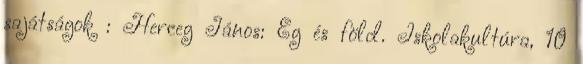
sajátságok : Herceg János: Ég és föld. Iskolakultúra, 10